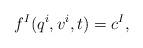
LaTeX: \begin{align*}f^{I}(q^{i},v^{i},t)=c^{I},\end{align*}